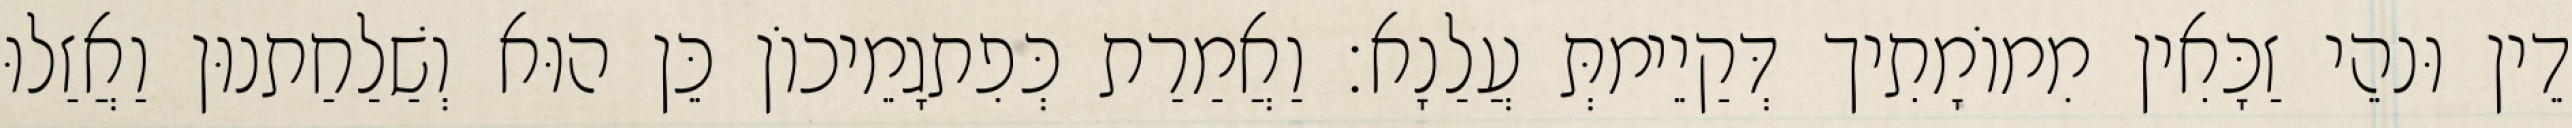
דֵין וּנהֵי זַכָּאִין מִמוֹמָתִיך דְּקַיֵימתְּ עֲלַנָא׃ וַאֲמַרַת כְּפִתגָמֵיכוֹן כֵּן הוּא וְשַׁלַחַתנוּן וַאֲזַלוּ